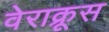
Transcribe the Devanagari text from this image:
वेराक्रूस